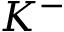
K ^ { - }